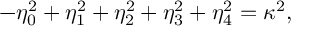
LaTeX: - \eta _ { 0 } ^ { 2 } + \eta _ { 1 } ^ { 2 } + \eta _ { 2 } ^ { 2 } + \eta _ { 3 } ^ { 2 } + \eta _ { 4 } ^ { 2 } = \kappa ^ { 2 } ,